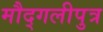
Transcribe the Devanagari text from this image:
मौद्गलीपुत्र